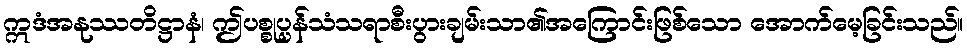
ဣဒံအနုဿတိဋ္ဌာနံ၊ ဤပစ္စုပ္ပန်သံသရာစီးပွားချမ်းသာ၏အကြောင်းဖြစ်သော အောက်မေ့ခြင်းသည်။